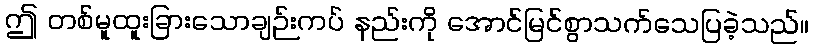
ဤ တစ်မူထူးခြားသောချဉ်းကပ် နည်းကို အောင်မြင်စွာသက်သေပြခဲ့သည်။